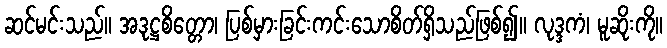
ဆင်မင်းသည်။ အဒုဋ္ဌစိတ္တော၊ ပြစ်မှားခြင်းကင်းသောစိတ်ရှိသည်ဖြစ်၍။ လုဒ္ဒကံ၊ မူဆိုးကို။